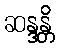
ဆန္ဒန္တိ